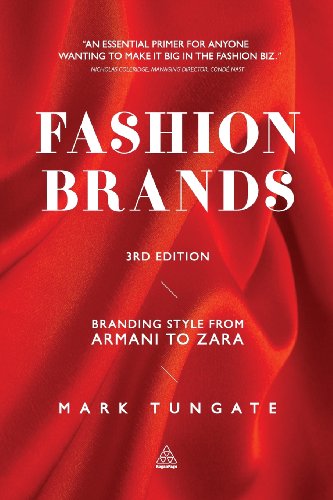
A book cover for Fashion Brands: Branding Style from Armani to Zara; Mark Tungate; Business & Money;